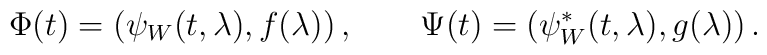
\Phi(t)=\left(\psi_W(t,\lambda),f(\lambda)\right), \qquad\Psi(t)=\left(\psi_W^*(t,\lambda),g(\lambda)\right).